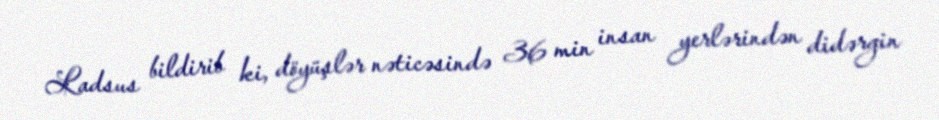
Ladsus bildirib ki, döyüşlər nəticəsində 36 min insan yerlərindən didərgin